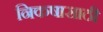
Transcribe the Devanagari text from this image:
निकषासाठी